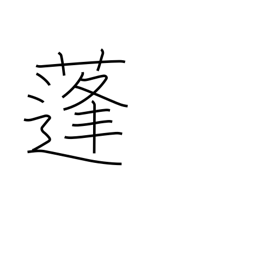
Meaning: mugwort